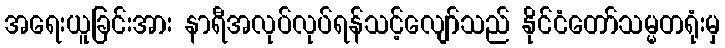
အရေးယူခြင်းအား နာရီအလုပ်လုပ်ရန်သင့်လျော်သည် နိုင်ငံတော်သမ္မတရုံးမှ